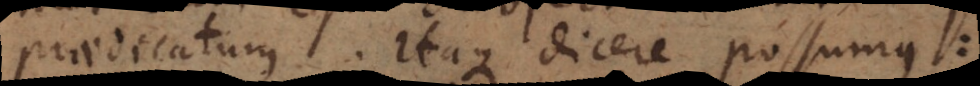
praedicatum. Itaque dicere possumus